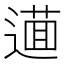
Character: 𨖘